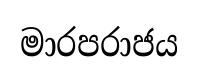
මාරපරාජය